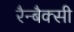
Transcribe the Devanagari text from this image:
रैन्बैक्सी